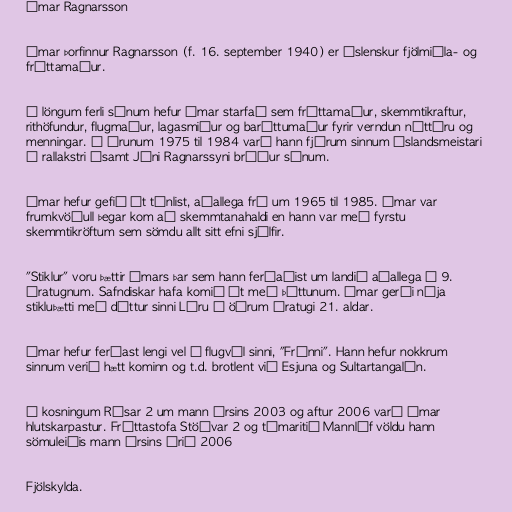
Ómar Ragnarsson

Ómar Þorfinnur Ragnarsson (f. 16. september 1940) er íslenskur fjölmiðla- og
fréttamaður.

Á löngum ferli sínum hefur Ómar starfað sem fréttamaður, skemmtikraftur,
rithöfundur, flugmaður, lagasmiður og baráttumaður fyrir verndun náttúru og
menningar. Á árunum 1975 til 1984 varð hann fjórum sinnum Íslandsmeistari
í rallakstri ásamt Jóni Ragnarssyni bróður sínum.

Ómar hefur gefið út tónlist, aðallega frá um 1965 til 1985. Ómar var
frumkvöðull þegar kom að skemmtanahaldi en hann var með fyrstu
skemmtikröftum sem sömdu allt sitt efni sjálfir.

"Stiklur" voru þættir Ómars þar sem hann ferðaðist um landið aðallega á 9.
áratugnum. Safndiskar hafa komið út með þáttunum. Ómar gerði nýja
stikluþætti með dóttur sinni Láru á öðrum áratugi 21. aldar.

Ómar hefur ferðast lengi vel á flugvél sinni, "Frúnni". Hann hefur nokkrum
sinnum verið hætt kominn og t.d. brotlent við Esjuna og Sultartangalón.

Í kosningum Rásar 2 um mann ársins 2003 og aftur 2006 varð Ómar
hlutskarpastur. Fréttastofa Stöðvar 2 og tímaritið Mannlíf völdu hann
sömuleiðis mann ársins árið 2006

Fjölskylda.